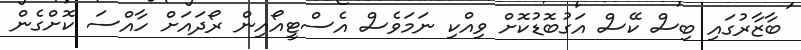
ބާޒާރުގައި ބިސް ކޭސް އަގުބޮޑުކޮށް ވިއްކި ނަމަވެސް އެސްޓީއޯއިން ރޯދައަށް ހާއްސަ ކޮށްގެން